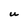
Character: U